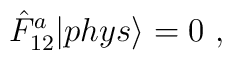
\displaystyle \hat{F}_{12}^a|phys{\rangle }=0~,